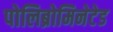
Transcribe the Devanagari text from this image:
पोलिब्रोमिनेटेड